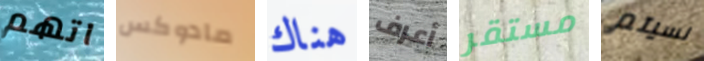
اتهم مادوكس هناك أعرف مستقر نسيتم